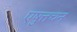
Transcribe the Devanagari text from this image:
एषुत्तचन